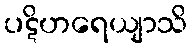
ပဋိဟရေယျာသိ